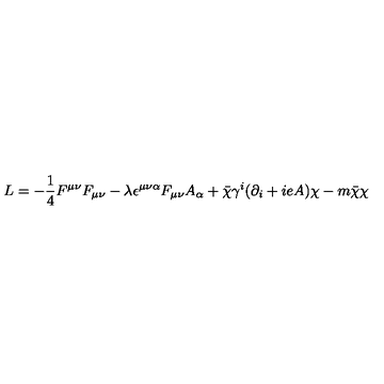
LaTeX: L = - \frac { 1 } { 4 } F ^ { \mu \nu } F _ { \mu \nu } - \lambda \epsilon ^ { \mu \nu \alpha } F _ { \mu \nu } A _ { \alpha } + \bar { \chi } \gamma ^ { i } ( \partial _ { i } + i e A ) \chi - m \bar { \chi } \chi